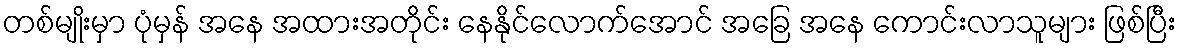
တစ်မျိုးမှာ ပုံမှန် အနေ အထားအတိုင်း နေနိုင်လောက်အောင် အခြေ အနေ ကောင်းလာသူများ ဖြစ်ပြီး